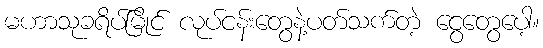
မဟာသုခရိပ်မြိုင် လုပ်ငန်းတွေနဲ့ပတ်သက်တဲ့ ငွေတွေပေါ့။